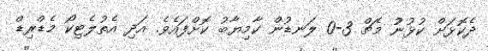
ދެކޮޅަށް ކުޅުނުު މެޗް 3-0 ލަނޑުން ކާމިޔާބު ކޮށްފައެވެ. އަދި އެތުލެޓިކޯ މެޑްރިޑް